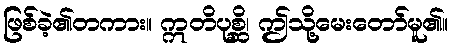
ဖြစ်ခဲ့၏တကား။ ဣတိပုစ္ဆိ၊ ဤသို့မေးတော်မူ၏။